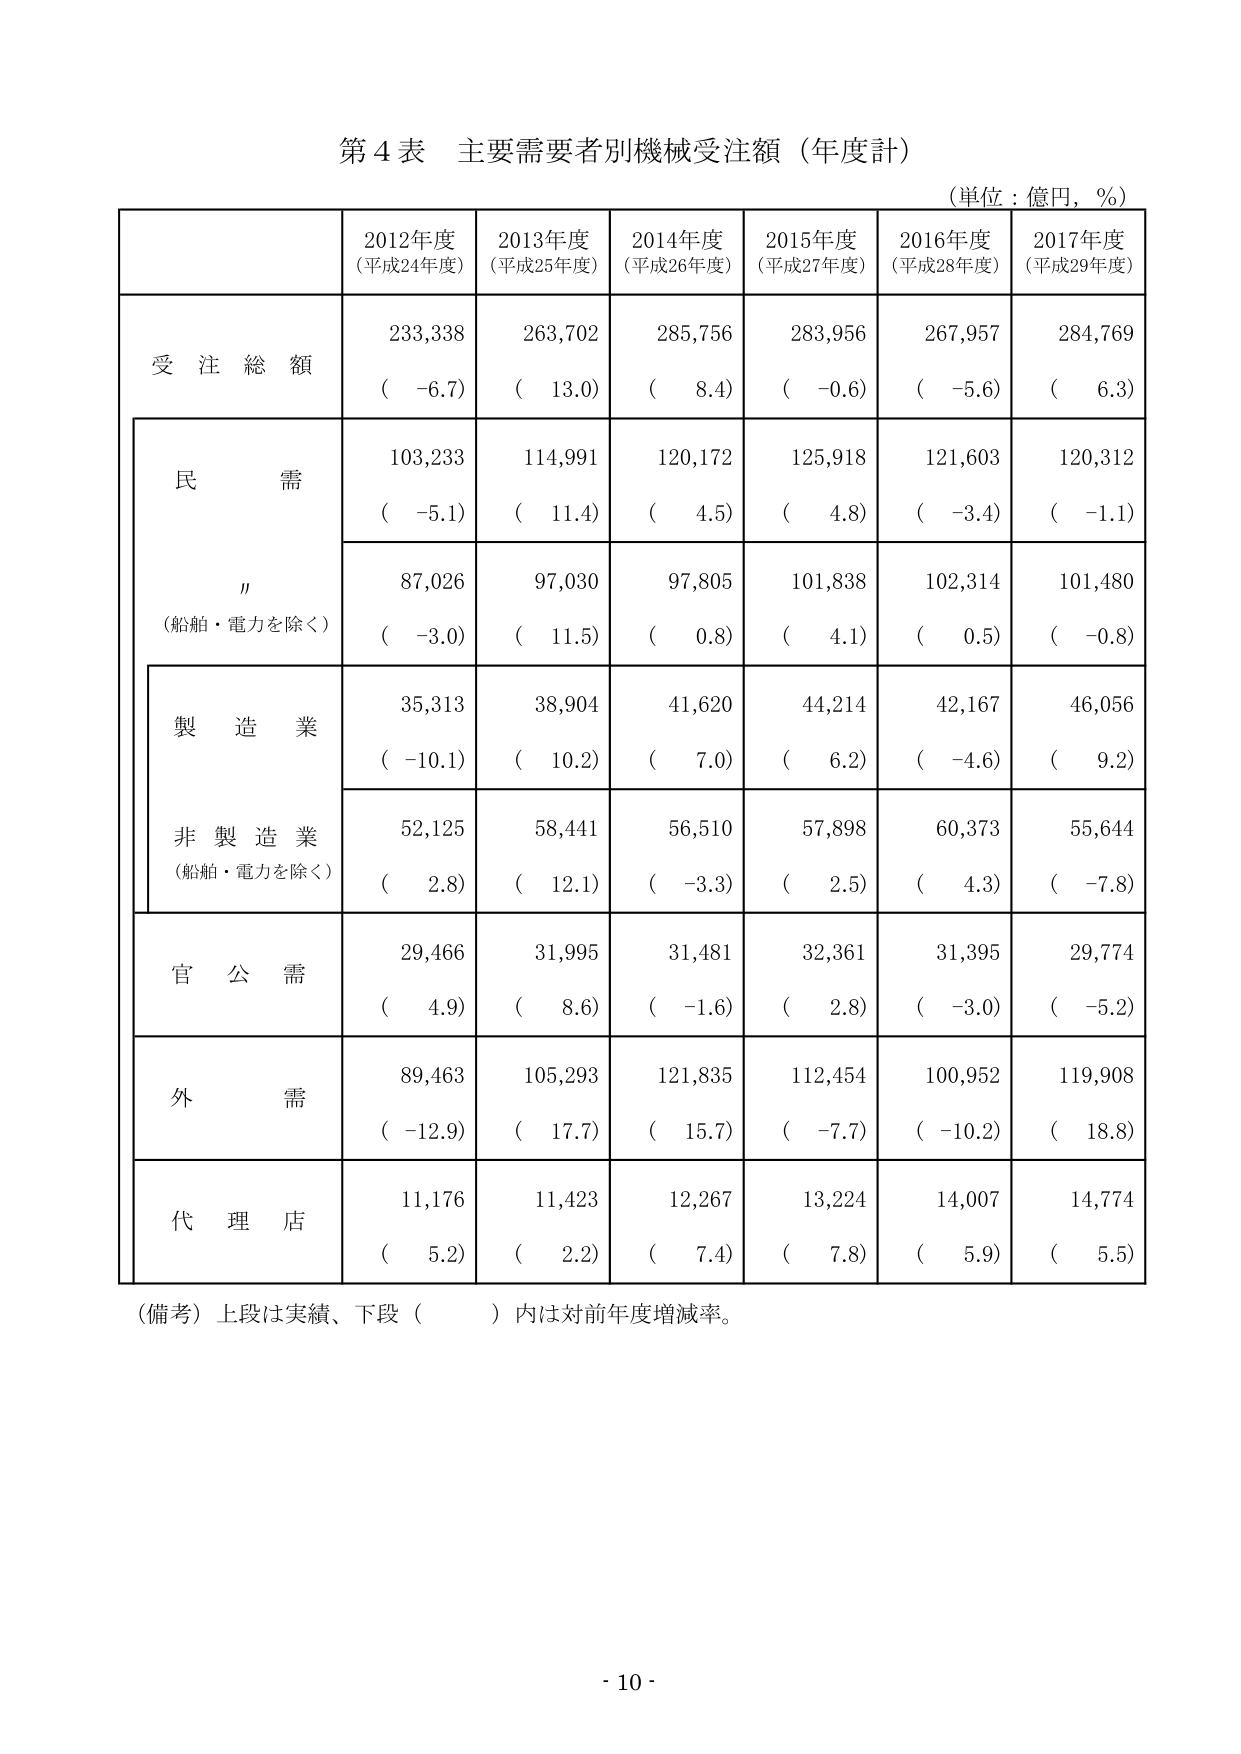
第4表 主要需要者別機械受注額（年度計）
（単位：億円，％）

2012年度
（平成24年度）
2013年度
（平成25年度）
2014年度
（平成26年度）
2015年度
（平成27年度）
2016年度
（平成28年度）
2017年度
（平成29年度）

受注総額
233,338
（ -6.7）
263,702
（ 13.0）
285,756
（ 8.4）
283,956
（ -0.6）
267,957
（ -5.6）
284,769
（ 6.3）

民需
103,233
（ -5.1）
114,991
（ 11.4）
120,172
（ 4.5）
125,918
（ 4.8）
121,603
（ -3.4）
120,312
（ -1.1）

〃
（船舶・電力を除く）
87,026
（ -3.0）
97,030
（ 11.5）
97,805
（ 0.8）
101,838
（ 4.1）
102,314
（ 0.5）
101,480
（ -0.8）

製造業
35,313
（ -10.1）
38,904
（ 10.2）
41,620
（ 7.0）
44,214
（ 6.2）
42,167
（ -4.6）
46,056
（ 9.2）

非製造業
（船舶・電力を除く）
52,125
（ 2.8）
58,441
（ 12.1）
56,510
（ -3.3）
57,898
（ 2.5）
60,373
（ 4.3）
55,644
（ -7.8）

官公需
29,466
（ 4.9）
31,995
（ 8.6）
31,481
（ -1.6）
32,361
（ 2.8）
31,395
（ -3.0）
29,774
（ -5.2）

外需
89,463
（ -12.9）
105,293
（ 17.7）
121,835
（ 15.7）
112,454
（ -7.7）
100,952
（ -10.2）
119,908
（ 18.8）

代理店
11,176
（ 5.2）
11,423
（ 2.2）
12,267
（ 7.4）
13,224
（ 7.8）
14,007
（ 5.9）
14,774
（ 5.5）

（備考）上段は実績、下段（　　）内は対前年度増減率。

- 10 -